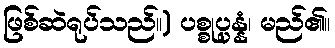
ဖြစ်ဆဲရုပ်သည်။) ပစ္စုပ္ပန္နံ၊ မည်၏။